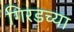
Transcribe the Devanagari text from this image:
गिरडच्या